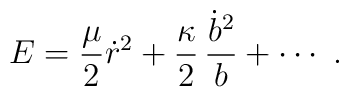
E = {\mu \over 2} \dot r^2 + {\kappa\over 2}\, {\dot b^2 \over b}              + \cdots    \, \,.